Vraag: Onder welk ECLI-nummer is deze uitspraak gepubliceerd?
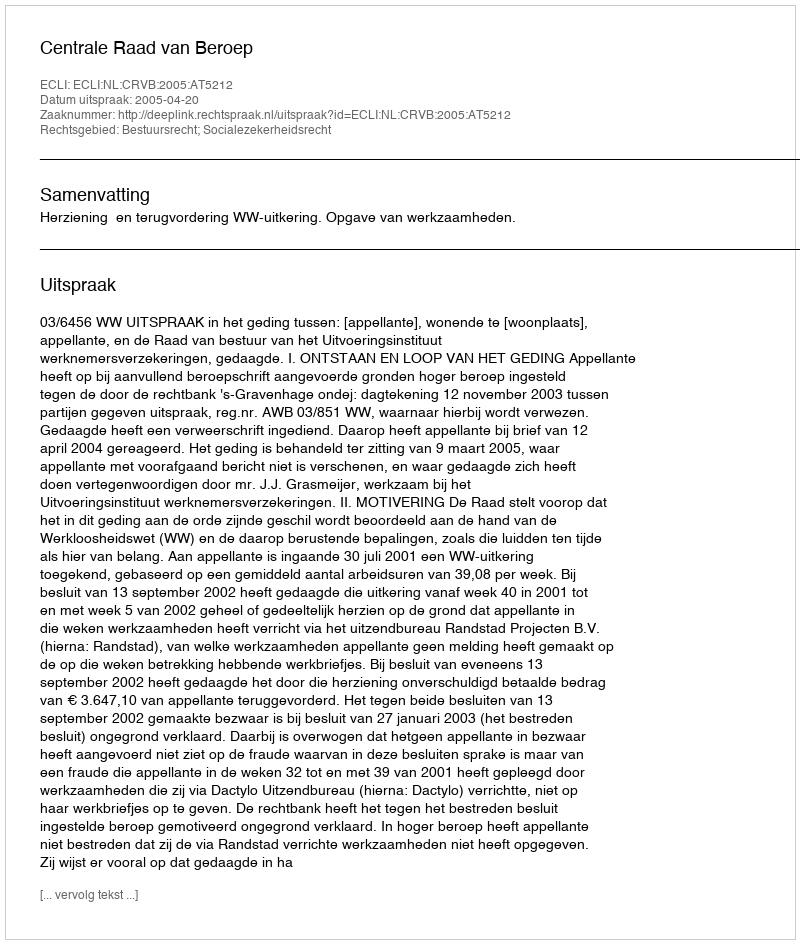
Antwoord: ECLI:NL:CRVB:2005:AT5212